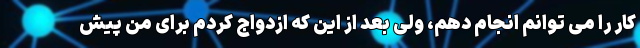
کار را می توانم انجام دهم، ولی بعد از این که ازدواج کردم برای من پیش